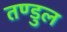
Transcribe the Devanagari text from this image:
तण्डुल